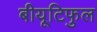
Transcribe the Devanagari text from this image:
बीयूटिफुल